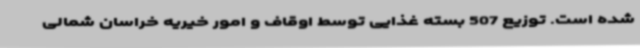
شده است. توزیع 507 بسته غذایی توسط اوقاف و امور خیریه خراسان شمالی